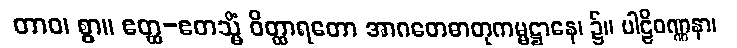
တာဝ၊ စွာ။ ဧတ္ထ-ဧတသ္မိံ ဝိတ္ထာရတော အာဂတေဓာတုကမ္မဋ္ဌာနေ၊ ၌။ ပါဠိဝဏ္ဏနာ၊